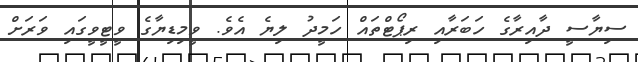
ސިޔާސީ ދާއިރާގެ ހަބަރާއި ރިޕޯޓްތައް ހަމީދު ލިޔެ އެވެ. ވީމިޑިޔާގެ ވީޓީވީގައި ވަރަށް